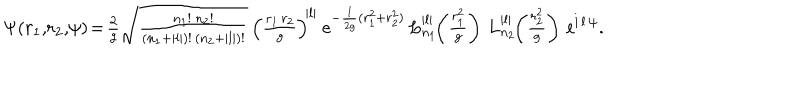
\Psi ( r _ { 1 } , \! r _ { 2 } , \! \psi ) \! = \! { \textstyle \frac { 2 } { g } \sqrt { \frac { n _ { 1 } ! \: n _ { 2 } ! } { ( n _ { 1 } + | l | ) ! \, ( n _ { 2 } + | l | ) ! } } } \, \left( { \textstyle \frac { r _ { 1 } \, r _ { 2 } } { g } } \right) ^ { \! | l | } \: \mathrm { e } ^ { - \frac { 1 } { 2 g } ( r _ { 1 } ^ { 2 } + r _ { 2 } ^ { 2 } ) } \, L _ { n _ { 1 } } ^ { | l | } \! \! \left( { \textstyle \frac { r _ { 1 } ^ { 2 } } { g } } \right) \, L _ { n _ { 2 } } ^ { | l | } \! \! \left( { \textstyle \frac { r _ { 2 } ^ { 2 } } { g } } \right) \, \mathrm { e } ^ { \mathrm { i } \, l \, \psi } .